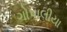
ગોપાલીયા